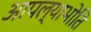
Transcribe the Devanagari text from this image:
आपल्याभोति